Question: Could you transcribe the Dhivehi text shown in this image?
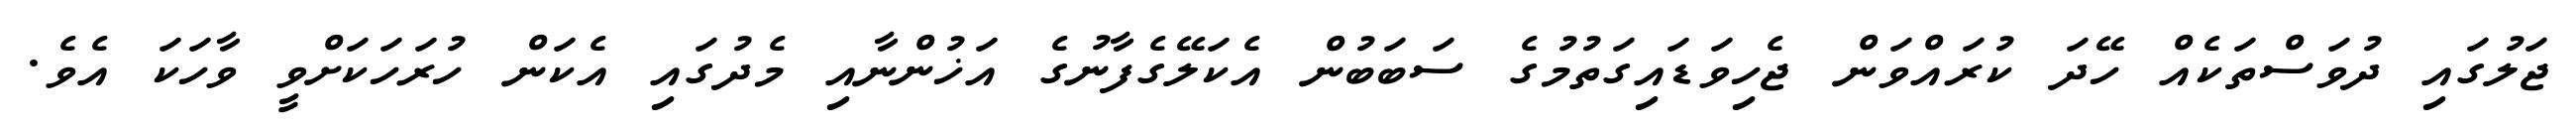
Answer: ޖަލުގައި ދުވަސްތަކެއް ހޭދަ ކުރައްވަން ޖެހިވަޑައިގަތުމުގެ ސަބަބުން އެކަލޭގެފާނުގެ އަޚުންނާއި މެދުގައި އެކަން ހުރަހަކަށްވީ ވާހަކަ އެވެ.